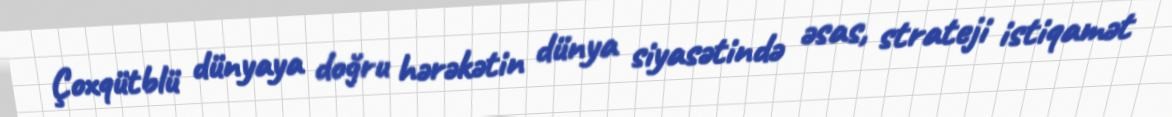
Çoxqütblü dünyaya doğru hərəkətin dünya siyasətində əsas, strateji istiqamət